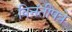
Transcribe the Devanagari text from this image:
विनंतीपत्रे